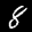
Label: 8